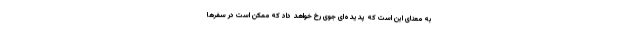
به معنای این است که پدیده‌ای جوی رخ خواهد داد که ممکن است در سفرها